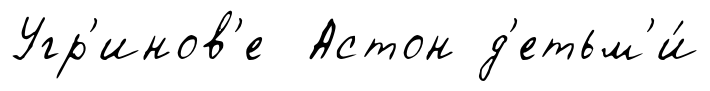
Угр'инов'е Астон д'етьм'и́